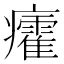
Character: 癨